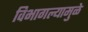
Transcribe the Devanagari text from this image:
विभागल्यामुळे